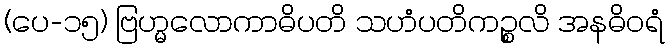
(ပေ-၁၅) ဗြဟ္မလောကာဓိပတိ သဟံပတိကဉ္စလိ အနဓိဝရံ